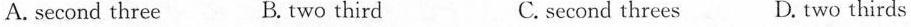
A. second three B.two third C. second threes D. two thirds